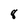
Character: 8